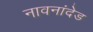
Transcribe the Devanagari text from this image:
नावनांदेड